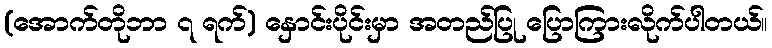
(အောက်တိုဘာ ၇ ရက်) နှောင်းပိုင်းမှာ အတည်ပြု ပြောကြားလိုက်ပါတယ်။